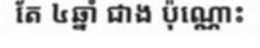
តែ ៤ឆ្នាំ ជាង ប៉ុណ្ណោះ